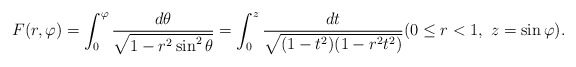
\begin{align*} F(r,\varphi)= \int^{\varphi}_0 \frac{d\theta}{\sqrt{1-r^2 \sin^2 \theta}}=\int^z_0 \frac{dt}{\sqrt{(1-t^2)(1-r^2t^2)}} (0\le r<1,\ z = \sin \varphi).\end{align*}